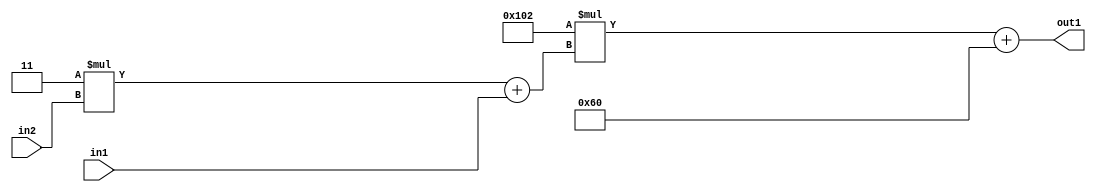
`timescale 1ps / 1ps
/*****************************************************************************
    Verilog RTL Description
    
    
    Created by: Stratus DpOpt 2019.1.01 
*******************************************************************************/

module DC_Filter_Add2i96Mul2i258Add2u1Mul2i3u2_1 (
	in2,
	in1,
	out1
	); /* architecture "behavioural" */ 
input [1:0] in2;
input  in1;
output [11:0] out1;
wire [11:0] asc001;
wire [3:0] asc002;

wire [3:0] asc002_tmp_0;
assign asc002_tmp_0 = 
	+(4'B0011 * in2);
assign asc002 = asc002_tmp_0
	+(in1);

wire [11:0] asc001_tmp_1;
assign asc001_tmp_1 = 
	+(12'B000100000010 * asc002);
assign asc001 = asc001_tmp_1
	+(12'B000001100000);

assign out1 = asc001;
endmodule

/* CADENCE  v7b1TgA= : u9/ySgnWtBlWxVPRXgAZ4Og= ** DO NOT EDIT THIS LINE ******/